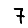
Digit: 7